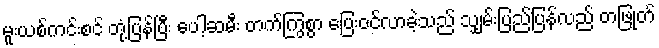
မူးယစ်ကင်းစင် တုံ့ပြန်ပြီး ပေါ့ဆမီး တက်ကြွစွာ ပြေးဝင်လာခဲ့သည် သျှမ်းပြည်ပြန်လည် တဖြုတ်